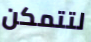
لتتمكن